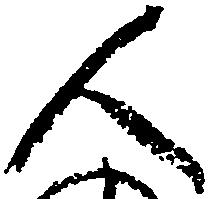
人